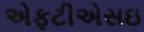
એફટીએસઇ